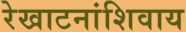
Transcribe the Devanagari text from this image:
रेखाटनांशिवाय